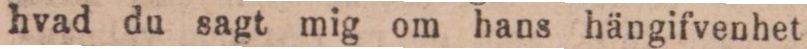
hvad du sagt mig om hans hängifvenhet